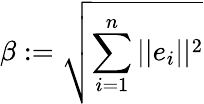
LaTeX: \beta:={\sqrt{\sum_{i=1}^{n}||e_{i}||^{2}}}